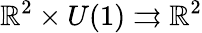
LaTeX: \mathbb{R}^{2}\times U(1)\rightrightarrows\mathbb{R}^{2}